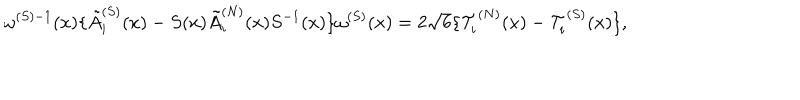
\omega ^ { ( S ) - 1 } ( x ) \{ \tilde { A } _ { i } ^ { ( S ) } ( x ) - S ( x ) \tilde { A } _ { i } ^ { ( N ) } ( x ) S ^ { - 1 } ( x ) \} \omega ^ { ( S ) } ( x ) = 2 \sqrt { 6 } \{ { \cal T } _ { i } ^ { ( N ) } ( x ) - { \cal T } _ { i } ^ { ( S ) } ( x ) \} ,